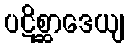
ပဋိစ္ဆာဒေယျ